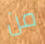
من